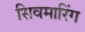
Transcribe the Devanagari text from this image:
सिवमारिंग